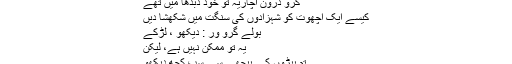
میری پریکھشا لے کر دیکھیں
گرو درون آچاریہ تو خود دُبدھا میں تھے
کیسے ایک اچھوت کو شہزادوں کی سنگت میں شکھشا دیں
بولے گرو ور : دیکھو ، لڑکے
یہ تو ممکن نہیں ہے، لیکن
تم پیڑوں کے پیچھے سے سب کچھ دیکھو
اور خود ہی سیکھو۔